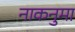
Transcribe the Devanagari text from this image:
नाकनुमा